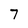
Character: 7